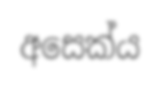
අසෙක්ය